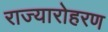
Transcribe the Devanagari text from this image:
राज्यारोहरण